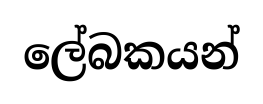
ලේබකයන්